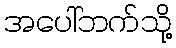
အပေါ်ဘက်သို့